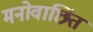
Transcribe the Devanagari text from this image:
मनोवाछिंत